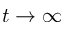
t \to \infty